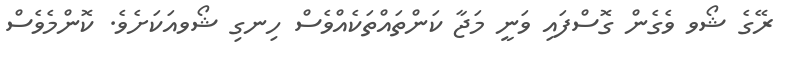
ރޭގެ ޝޯވ ވެގެން ގޮސްފައި ވަނީ މަޖާ ކަންތައްތަކެއްވެސް ހިނގި ޝޯވއަކަށެވެ. ކޮންމެވެސް